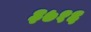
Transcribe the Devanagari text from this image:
३७१६